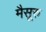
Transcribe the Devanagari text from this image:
मैसूरु